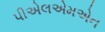
પીએલએમએન